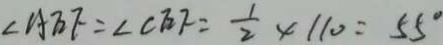
\angle A E F = \angle C E F = \frac { 1 } { 2 } \times 1 1 0 = 5 5 ^ { \circ }